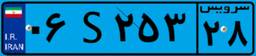
۹۳S۱۳۴۵۹